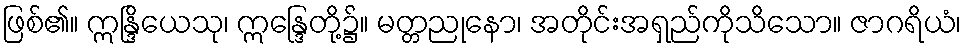
ဖြစ်၏။ ဣန္ဒြိယေသု၊ ဣန္ဒြေတို့၌။ မတ္တညုနော၊ အတိုင်းအရှည်ကိုသိသော။ ဇာဂရိယံ၊